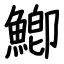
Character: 鯽